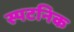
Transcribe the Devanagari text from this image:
स्पटनिक